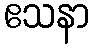
ဧသနာ